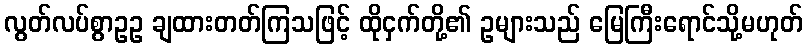
လွတ်လပ်စွာဥဥ ချထားတတ်ကြသဖြင့် ထိုငှက်တို့၏ ဥများသည် မြေကြီးရောင်သို့မဟုတ်